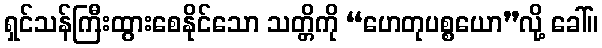
ရှင်သန်ကြီးထွားစေနိုင်သော သတ္တိကို “ဟေတုပစ္စယော”လို့ ခေါ်။